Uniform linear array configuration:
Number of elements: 48
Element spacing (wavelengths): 0.5
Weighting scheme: hann
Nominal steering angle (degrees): -45
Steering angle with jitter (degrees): -43.216
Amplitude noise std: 0.05
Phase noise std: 0.05

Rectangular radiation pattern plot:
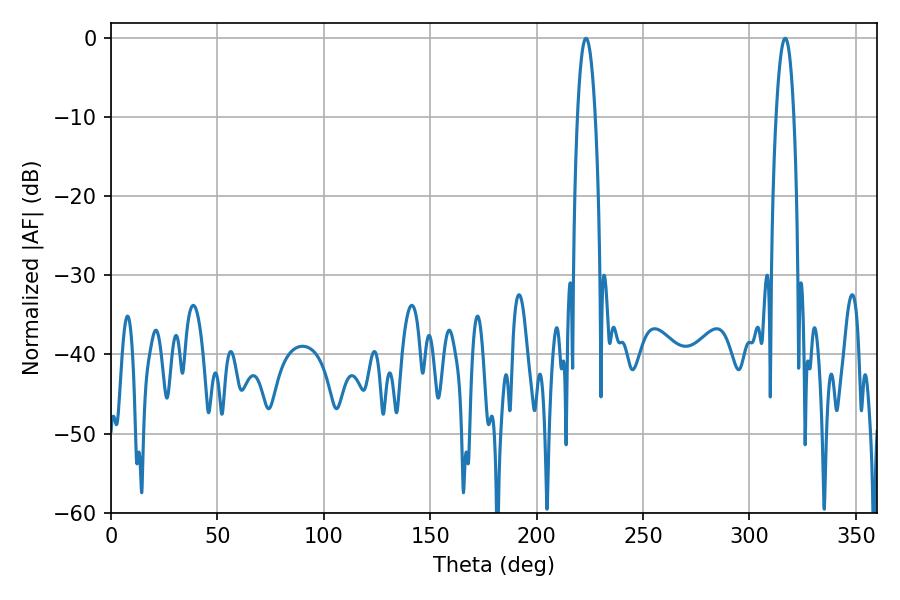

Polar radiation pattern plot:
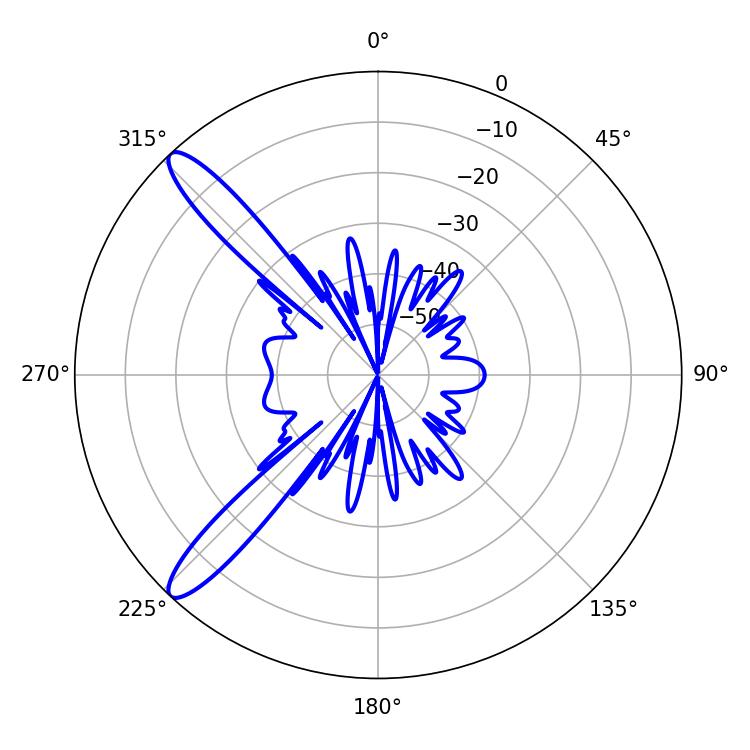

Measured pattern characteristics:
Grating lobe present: FALSE
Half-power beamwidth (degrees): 4.68
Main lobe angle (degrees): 316.8